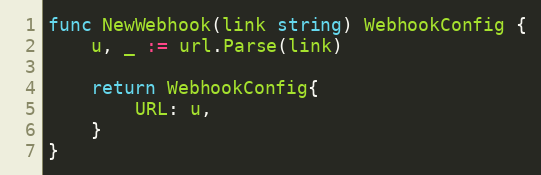
Language: Go
func NewWebhook(link string) WebhookConfig {
	u, _ := url.Parse(link)

	return WebhookConfig{
		URL: u,
	}
}